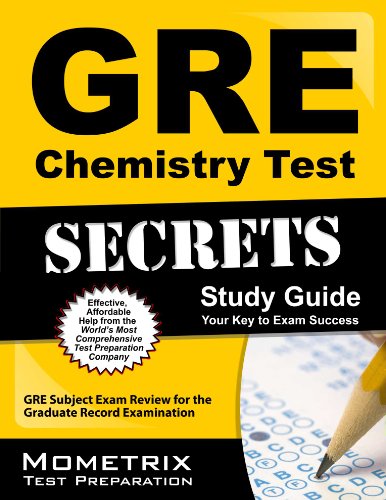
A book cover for GRE Chemistry Test Secrets Study Guide: GRE Subject Exam Review for the Graduate Record Examination; GRE Subject Exam Secrets Test Prep Team; Test Preparation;